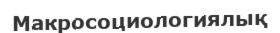
Макросоциологиялық